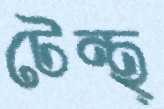
টেন্থ্